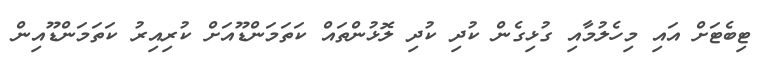
ޓިބެޓަށް އައި މިހެލުމާއި ގުޅިގެން ކުދި ކުދި ލޮޅުންތައް ކަތަމަންޑޫއަށް ކުރިއިރު ކަތަމަންޑޫއިން